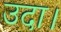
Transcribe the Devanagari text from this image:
उदा।